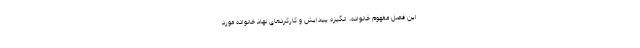
این فصل مفهوم خانواده، انگیزه پیدایش و کارکرد‌های نهاد خانواده مورد